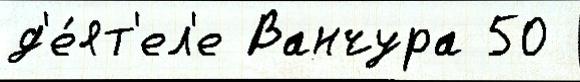
д'е́ят'ел'е Ванчура 50